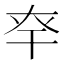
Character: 𢆎